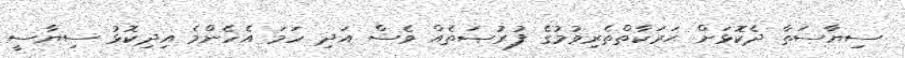
ސިޔާސަތާ ދެކޮޅަށް ޙަރަކާތްތެރިވުމުގެ ފުރުޞަތެއް ވެސް އަދި ހަމަ އެހެންމެ އިދިކޮޅު ސިޔާސީ